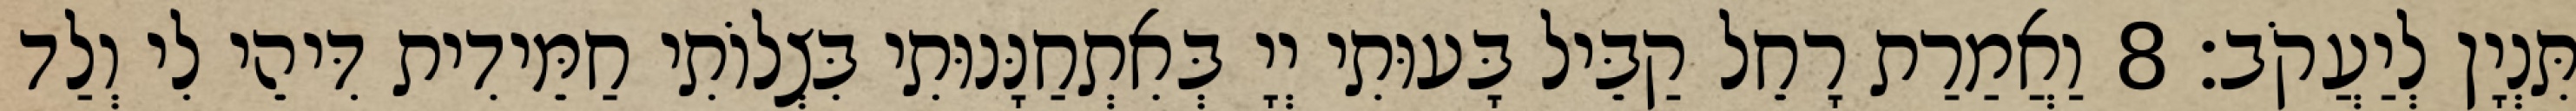
תִּנְיָן לְיַעֲקֹב׃ 8 וַאֲמַרַת רָחֵל קַבֵּיל בָּעוּתִי יְיָ בְּאִתְחַנָּנוּתִי בִּצְלוֹתִי חַמֵּידִית דִּיהֵי לִי וְלַד